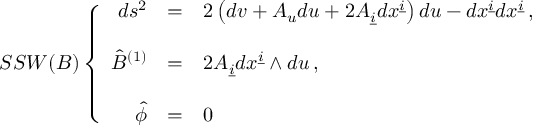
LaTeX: S S W ( B ) \left\{ \begin{array} { r c l } { { d s ^ { 2 } } } & { { = } } & { { 2 \left( d v + { \cal A } _ { u } d u + 2 { \cal A } _ { \underline { { { i } } } } d x ^ { \underline { { { i } } } } \right) d u - d x ^ { \underline { { { i } } } } d x ^ { \underline { { { i } } } } \, , } } \\ { { } } & { { } } & { { } } \\ { { \hat { B } ^ { ( 1 ) } } } & { { = } } & { { 2 { \cal A } _ { \underline { { { i } } } } d x ^ { \underline { { { i } } } } \wedge d u \, , } } \\ { { } } & { { } } & { { } } \\ { { \hat { \phi } } } & { { = } } & { { 0 \, } } \end{array} \right.